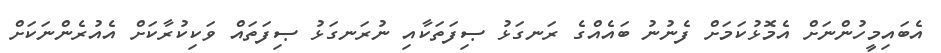
އެބައިމީހުންނަށް އެމޮޅުކަމަށް ފެނުނު ބައެއްގެ ރަނގަޅު ޞިފަތަކާއި ނުރަނގަޅު ޞިފަތައް ވަކިކުރާކަށް އެއުރެންނަކަށް